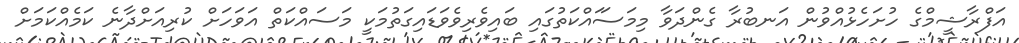
އަފްރާޝީމްގެ ހުށަހެޅުއްވުން އަނބުރާ ގެންދަވާ މިމަސަައްކަތުގައި ބައިވެރިވެވަޑައިގަތުމަކީ މަސައްކަތް އަވަހަށް ކުރިއަށްދާނެ ކަމެއްކަމަށް